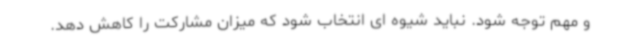
و مهم توجه شود. نباید شیوه ای انتخاب شود که میزان مشارکت را کاهش دهد.